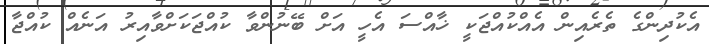
އެކުދިންގެ ތެރެއިން އެއްކުއްޖަކީ ޚާއްސަ އެހީ އަށް ބޭނުންވާ ކުއްޖަކަށްވާއިރު އަނެއް ކުއްޖާ